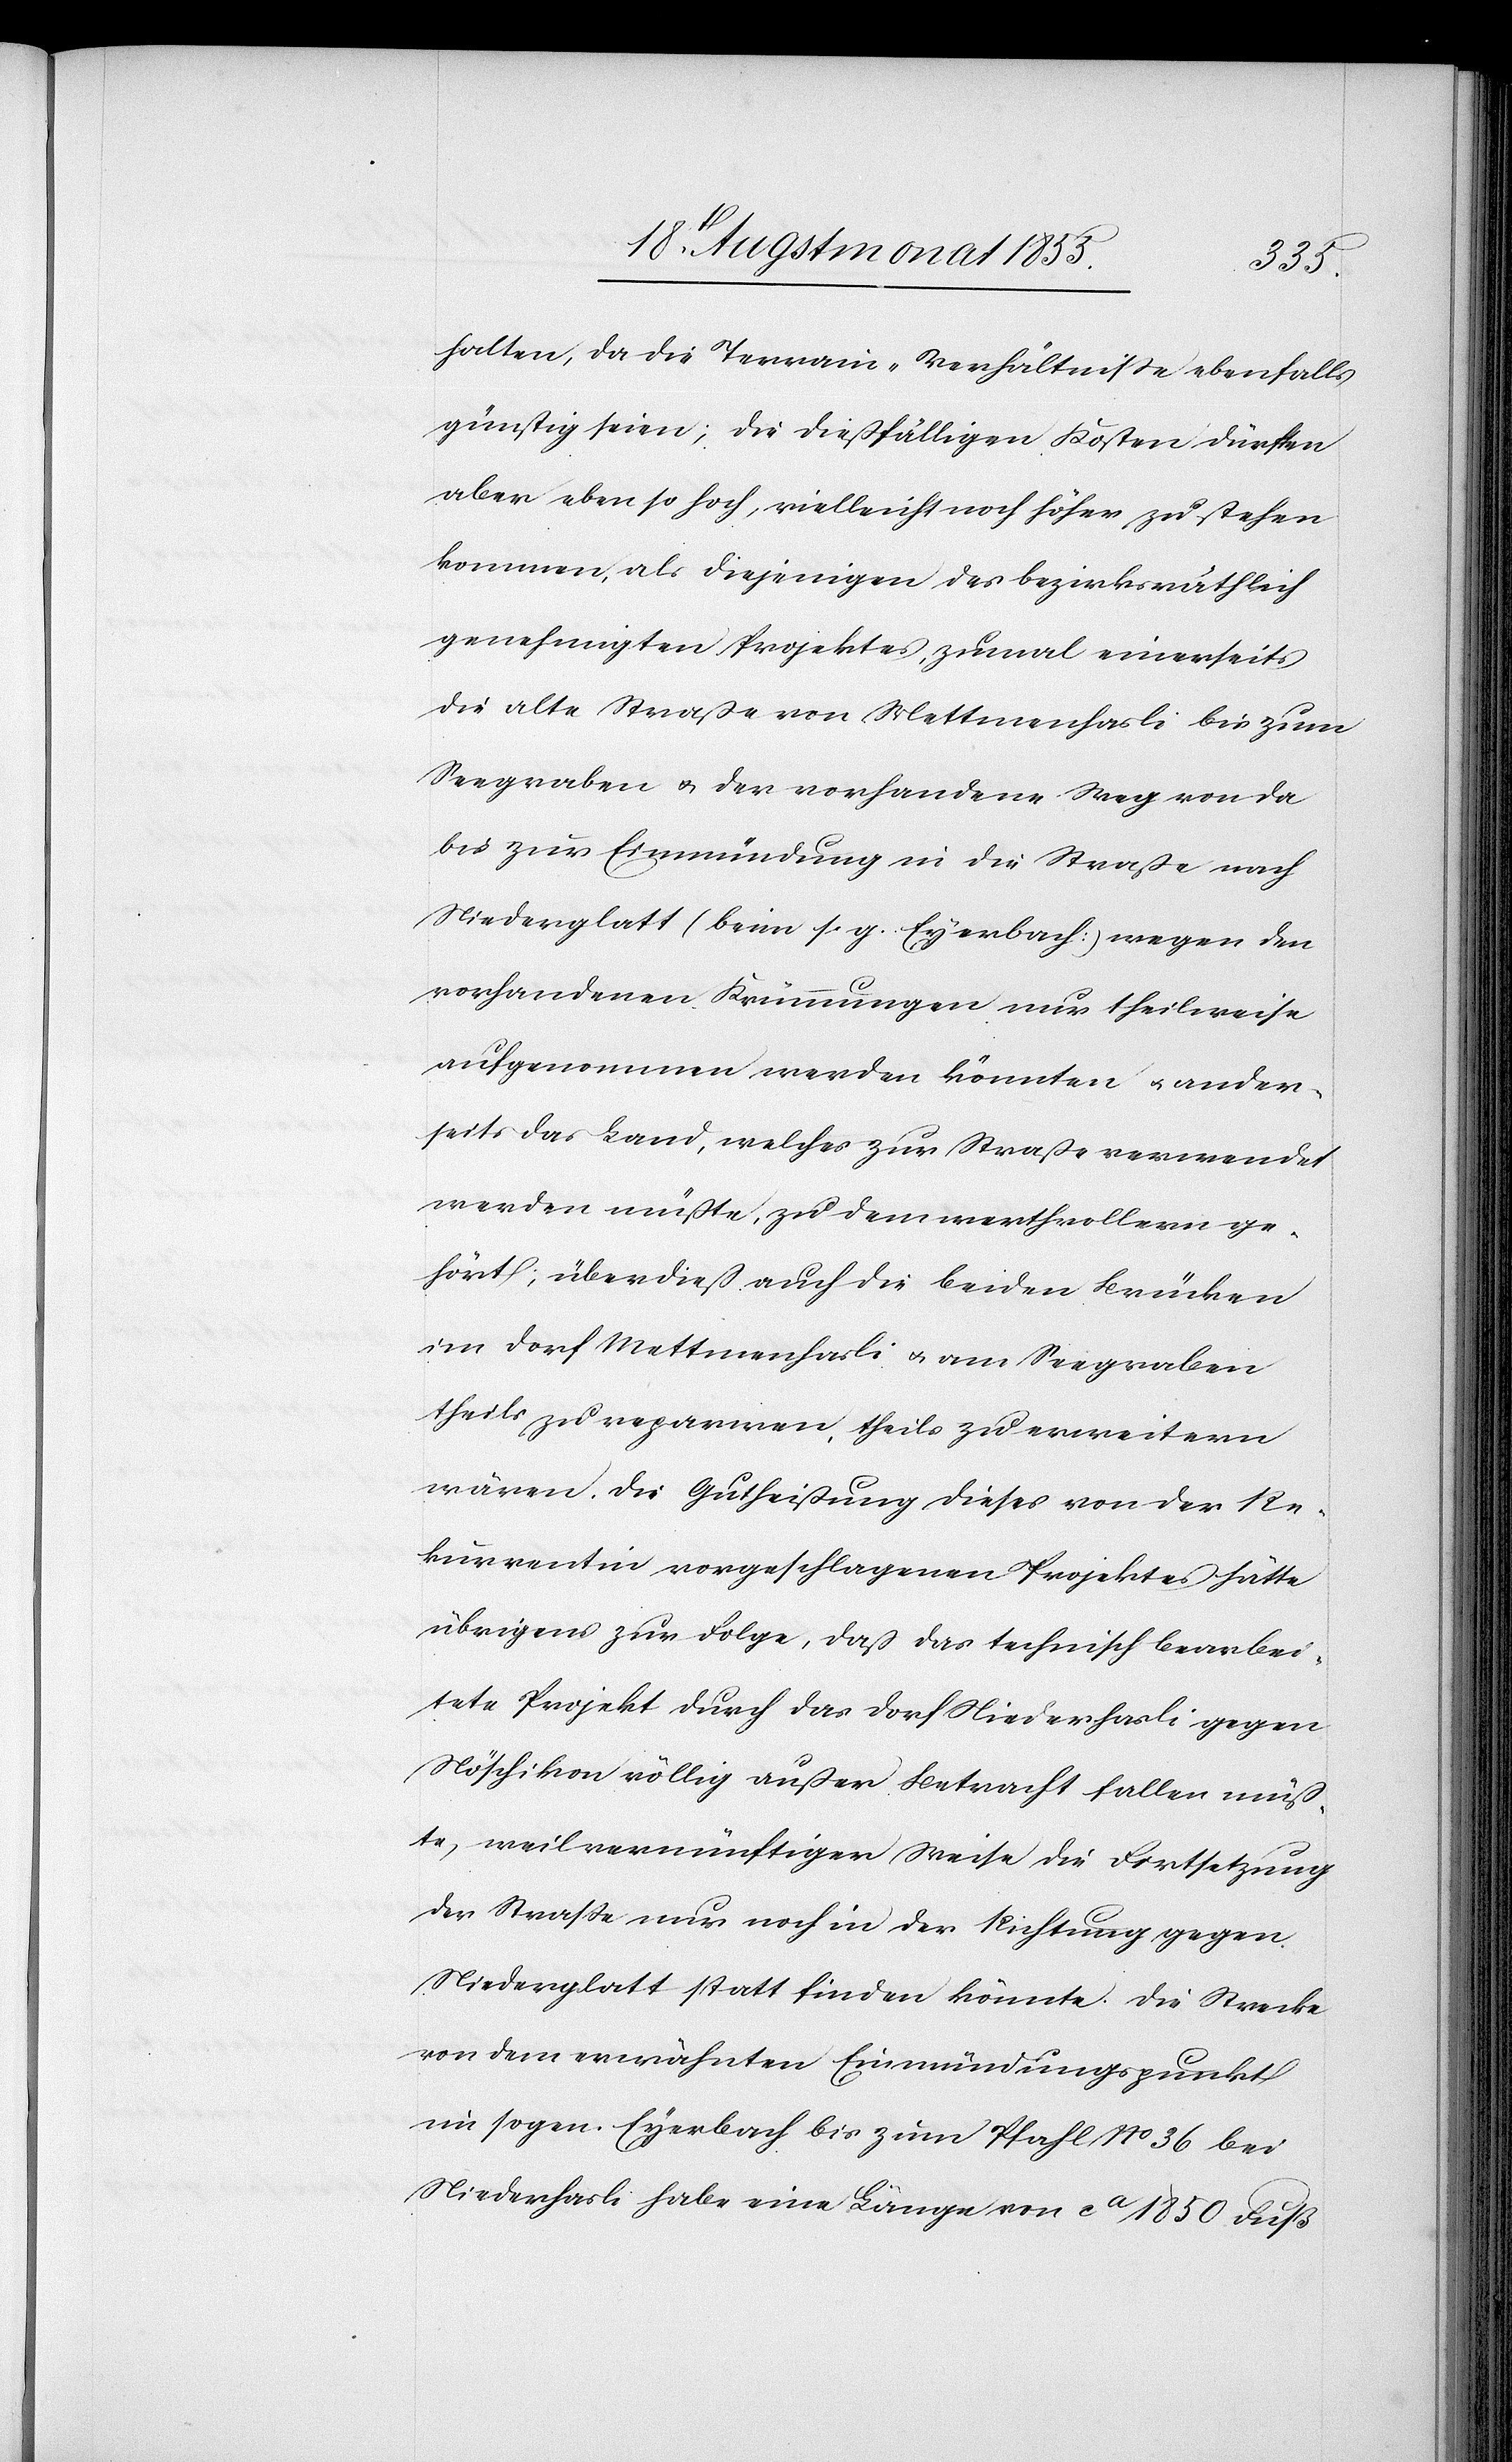
halten, da die Terrain-Verhältnisse ebenfalls
günstig seien; die dießfälligen Kosten dürften
aber eben so hoch, vielleicht noch höher zu stehen
kommen, als diejenigen des bezirksräthlich
genehmigten Projektes, zumal einerseits
die alte Straße von Mettmenhasli bis zum
Seegraben & der vorhandene Weg von da
bis zur Einmündung in die Straße nach
Niederglatt (beim s. g. Eyerbach) wegen den
vorhandenen Krümmungen nur theilweise
aufgenommen werden könnten & ander¬
seits das Land, welches zur Straße verwendet
werden müßte, zu dem werthvollern ge¬
hört; überdieß auch die beiden Brücken
im Dorf Mettmenhasli & am Seegraben
theils zu repariren, theils zu erweitern
wären. Die Gutheißung dieses von der Re¬
kurrentin vorgeschlagenen Projektes hätte
übrigens zur Folge, daß das technisch bearbei¬
tete Projekt durch das Dorf Niederhasli gegen
Nöschikon völlig außer Betracht fallen müß¬
te, weil vernünftiger Weise die Fortsetzung
der Straße nur noch in der Richtung gegen
Niederglatt statt finden könnte. Die Strecke
von dem erwähnten Einmündungspunkt
im sogen. Eyerbach bis zum Pfahl No 36 bei
Niederhasli habe eine Länge von ca 1850 Fuß